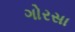
ગોરસા